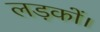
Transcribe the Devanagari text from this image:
लड़कों।